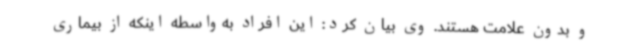
و بدون علامت هستند. وی بیان کرد: این افراد به‌واسطه اینکه از بیماری